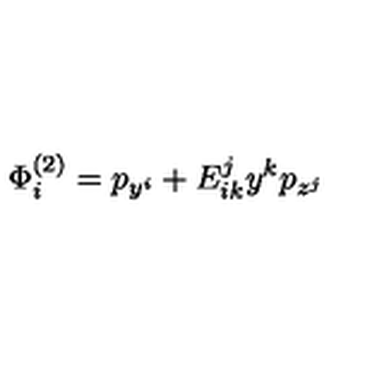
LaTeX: \Phi _ { i } ^ { \left( 2 \right) } = p _ { y ^ { i } } + E _ { i k } ^ { j } y ^ { k } p _ { z ^ { j } }